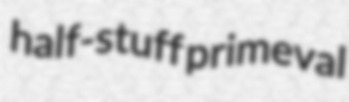
half-stuff primeval